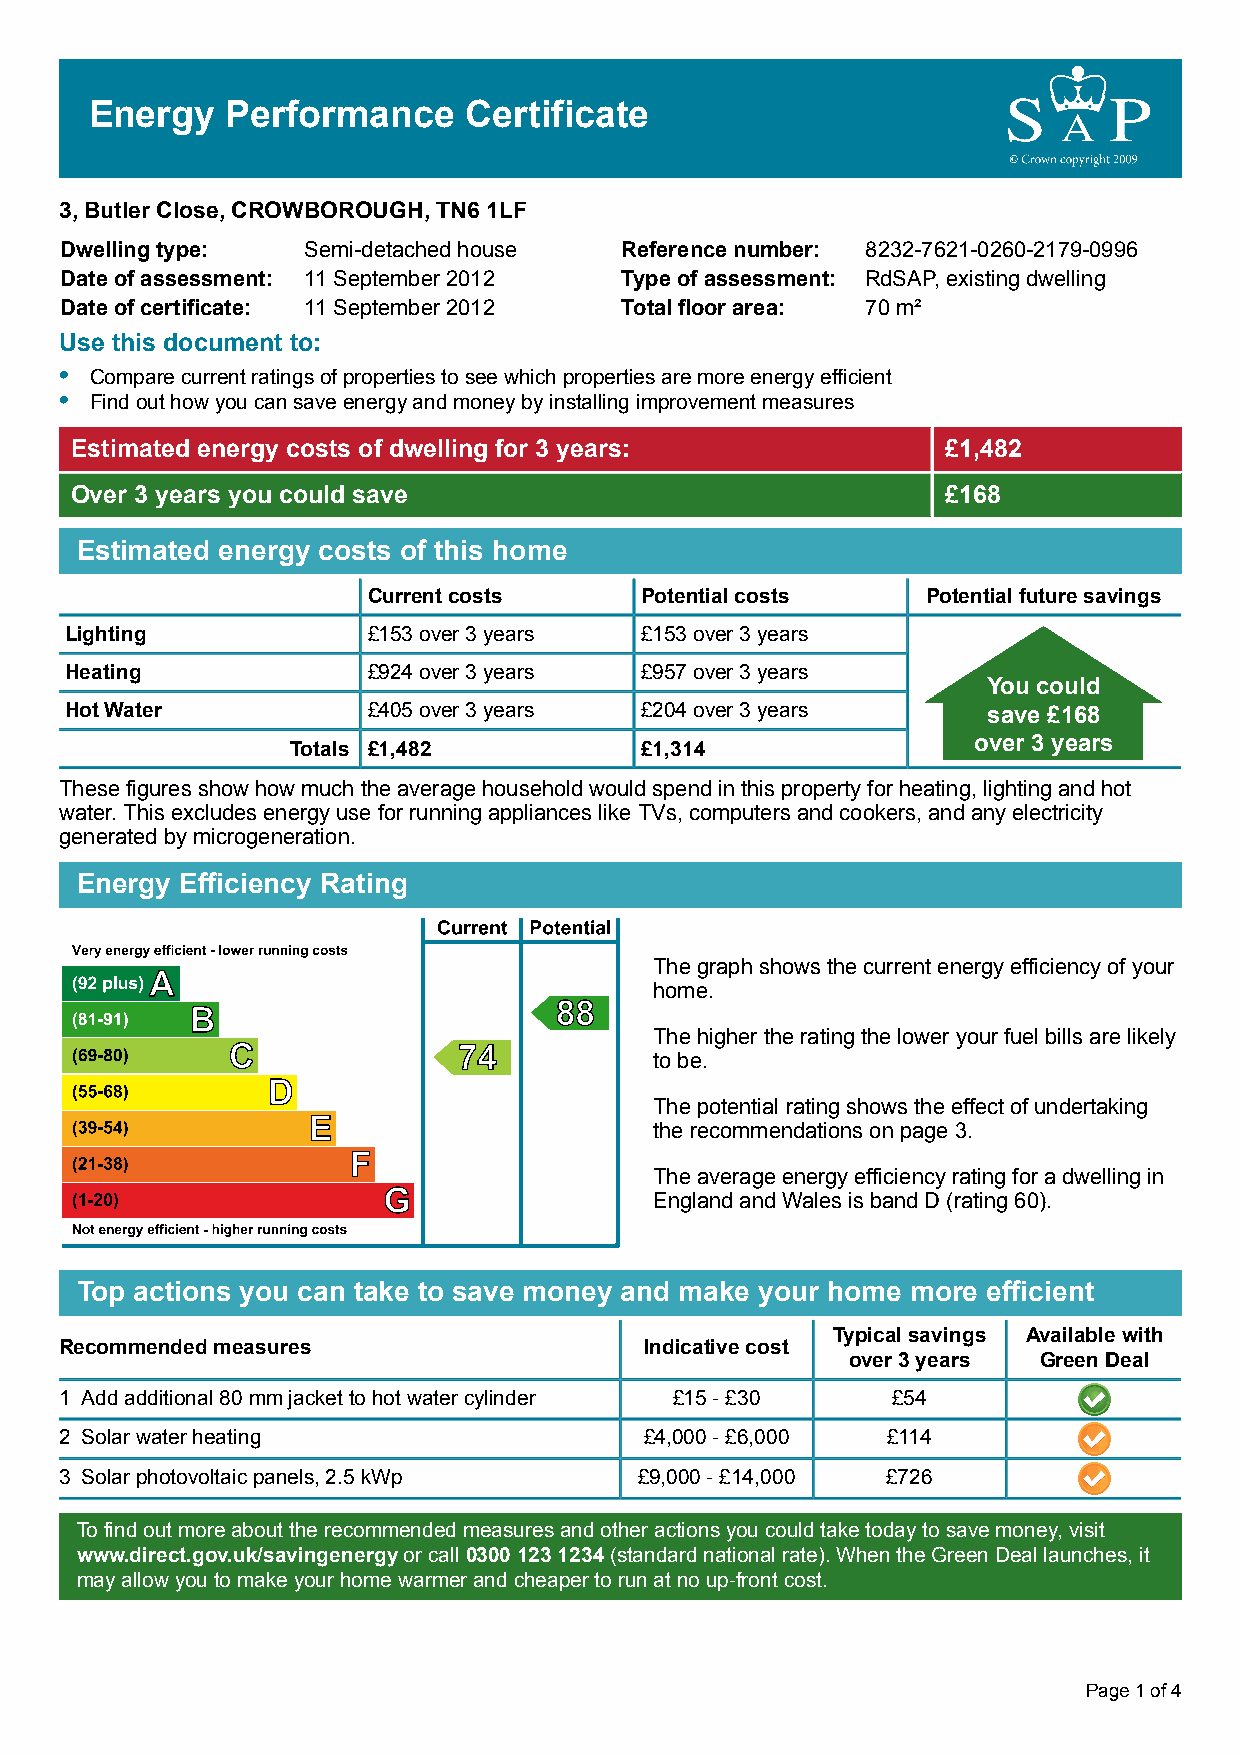
Energy   Performance     Certificate
 3, Butler Close, CROWBOROUGH, TN6 1LF
 Dwelling type:  Semi-detached house  Reference number: 8232-7621-0260-2179-0996
 Date of assessment: 11 September 2012 Type of assessment: RdSAP, existing dwelling
 Date of certificate: 11 September 2012 Total floor area: 70 m²
 Use this document to:
 • Compare current ratings of properties to see which properties are more energy efficient
 • Find out how you can save energy and money by installing improvement measures
 Estimated energy costs of dwelling for 3 years:           £1,482
 Over 3 years you could save                               £168
 Estimated energy costs of this home
 Current costs     Potential costs    Potential future savings
 Lighting            £153 over 3 years £153 over 3 years
 Heating             £924 over 3 years £957 over 3 years
 You could
 Hot Water           £405 over 3 years £204 over 3 years      save £168
 Totals £1,482          £1,314                over 3 years
 These figures show how much the average household would spend in this property for heating, lighting and hot
 water. This excludes energy use for running appliances like TVs, computers and cookers, and any electricity
 generated by microgeneration.
 Energy Efficiency Rating
 The graph shows the current energy efficiency of your
 home.
 The higher the rating the lower your fuel bills are likely
 to be.
 The potential rating shows the effect of undertaking
 the recommendations on page 3.
 The average energy efficiency rating for a dwelling in
 England and Wales is band D (rating 60).
 Top actions you can take to save money and make your home more efficient
 Typical savings Available with
 Recommended measures                   Indicative cost
 over 3 years Green Deal
 1 Add additional 80 mm jacket to hot water cylinder £15 - £30 £54
 2 Solar water heating                  £4,000 - £6,000 £114
 3 Solar photovoltaic panels, 2.5 kWp  £9,000 - £14,000 £726
 To find out more about the recommended measures and other actions you could take today to save money, visit
 www.direct.gov.uk/savingenergy or call 0300 123 1234 (standard national rate). When the Green Deal launches, it
 may allow you to make your home warmer and cheaper to run at no up-front cost.
 Page 1 of 4